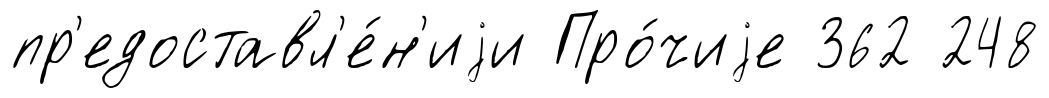
пр'едоставл'е́н'иjи Про́чиjе 362 248